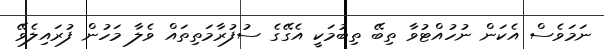
ނަމަވެސް އެކަން ނުހުއްޓުވާ ތިބޭ ތިބުމަކީ އެގޭގެ ސުފުރާމަތިތައް ވެލާ މަހުން ފުރައިލެވޭ